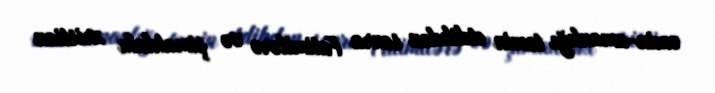
əmin-amanlığı təmin etdikdən sonra Fatimilərə və şimaldakı xristian